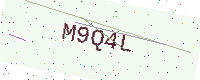
Text: M9Q4L